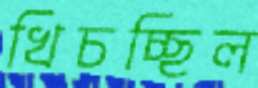
খিচচ্ছিল